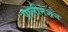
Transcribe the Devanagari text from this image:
पालीनेशन